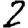
Digit: 2